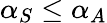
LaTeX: \alpha_{S}\leq\alpha_{A}